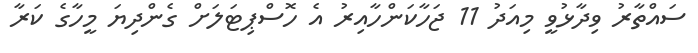
ސައްތާރު ވިދާޅުވީ މިއަދު 11 ޖަހާކަންހާއިރު އެ ހޮސްޕިޓަލަށް ގެންދިޔަ މީހާގެ ކަރާ